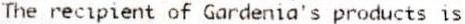
THE RECIPIENT OF GARDENIA'S PRODUCTS IS